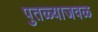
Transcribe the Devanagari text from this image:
पुतळ्याजवळ